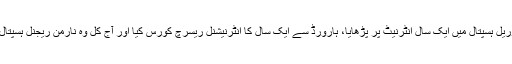
انہوں‌ نے شوکت خانم میموریل ہسپتال میں‌ ایک سال انٹرنیٹ پر پڑھایا، ہارورڈ سے ایک سال کا انٹرنیشنل ریسرچ کورس کیا اور آج کل وہ نارمن ریجنل ہسپتال میں‌ اینڈوکرینالوجسٹ ہیں۔